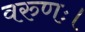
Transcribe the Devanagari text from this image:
वरुणः।